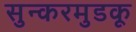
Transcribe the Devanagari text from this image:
सुन्करमुडकू